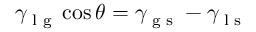
\gamma _ { \textrm { l g } } \cos \theta = \gamma _ { \textrm { g s } } - \gamma _ { \textrm { l s } }